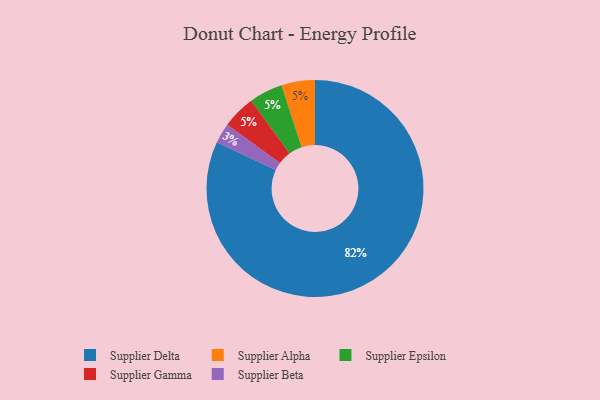
{"axis": {"x": "Category", "y": "Percentage"}, "legend": ["Supplier Alpha", "Supplier Beta", "Supplier Delta", "Supplier Epsilon", "Supplier Gamma"], "data": [{"x": "Supplier Delta", "y": 82, "type": "Supplier Delta"}, {"x": "Supplier Alpha", "y": 5, "type": "Supplier Alpha"}, {"x": "Supplier Beta", "y": 3, "type": "Supplier Beta"}, {"x": "Supplier Epsilon", "y": 5, "type": "Supplier Epsilon"}, {"x": "Supplier Gamma", "y": 5, "type": "Supplier Gamma"}]}